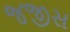
જજીસ